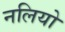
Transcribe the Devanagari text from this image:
नलियो